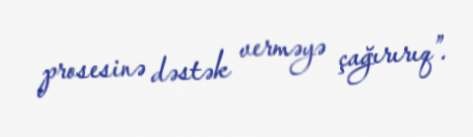
prosesinə dəstək verməyə çağırırıq”.